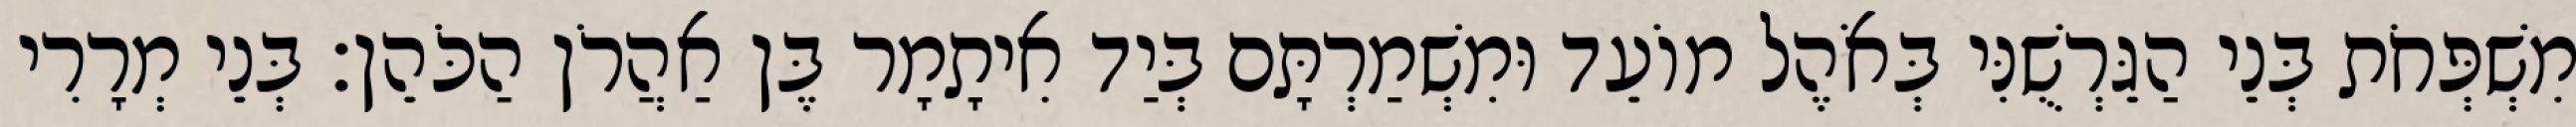
מִשְׁפְּחֹת בְּנֵי הַגֵּרְשֻׁנִּי בְּאֹהֶל מוֹעֵד וּמִשְׁמַרְתָּם בְּיַד אִיתָמָר בֶּן אַהֲרֹן הַכֹּהֵן׃ בְּנֵי מְרָרִי